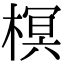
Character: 榠